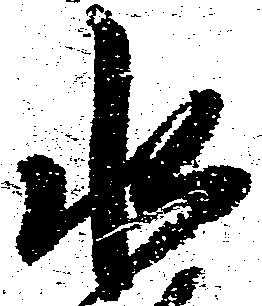
水